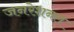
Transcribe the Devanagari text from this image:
जनरेशनल